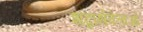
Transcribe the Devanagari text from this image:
शब्दार्थवेत्ताओं